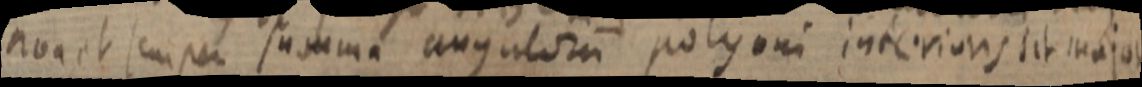
nva et semper summa angulorum polyoni interioris sit major